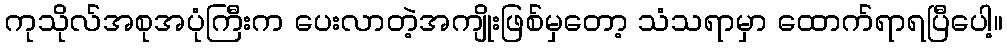
ကုသိုလ်အစုအပုံကြီးက ပေးလာတဲ့အကျိုးဖြစ်မှတော့ သံသရာမှာ ထောက်ရာရပြီပေါ့။